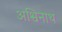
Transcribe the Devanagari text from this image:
अश्विनाथ